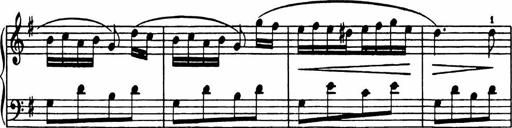
Title: Analytical Sonatinas
Composer: Frank Lynes